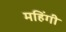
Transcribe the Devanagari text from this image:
महिंगी